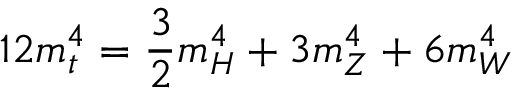
1 2 m _ { t } ^ { 4 } = \frac { 3 } { 2 } m _ { H } ^ { 4 } + 3 m _ { Z } ^ { 4 } + 6 m _ { W } ^ { 4 }